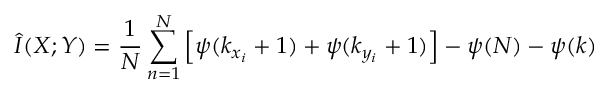
\widehat { I } ( X ; Y ) = \frac { 1 } { N } \sum _ { n = 1 } ^ { N } \left[ \psi ( k _ { x _ { i } } + 1 ) + \psi ( k _ { y _ { i } } + 1 ) \right] - \psi ( N ) - \psi ( k )